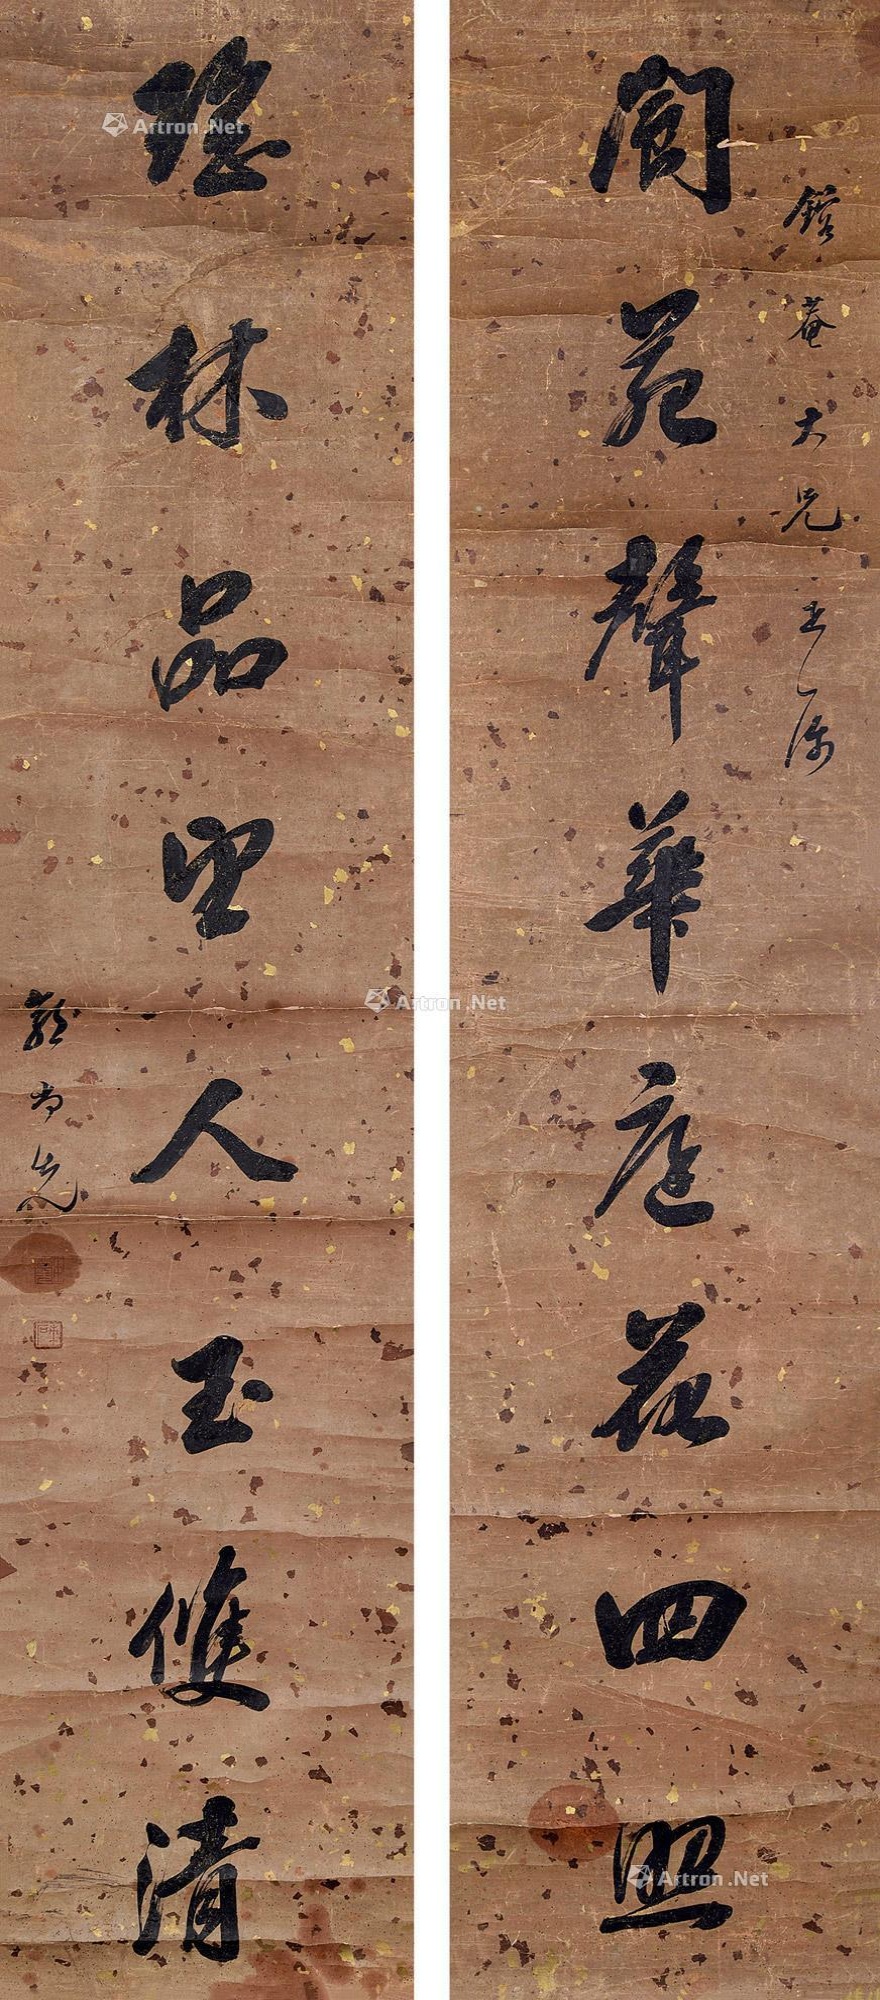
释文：阆苑声华庭花四照，瑶林品望人玉双清。镕庵大兄雅属。郭尚先。